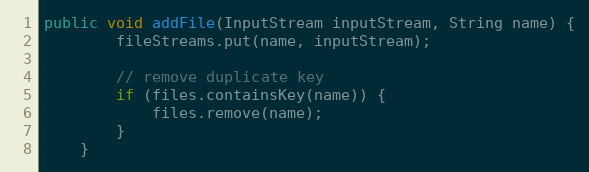
Language: Java
public void addFile(InputStream inputStream, String name) {
        fileStreams.put(name, inputStream);

        // remove duplicate key
        if (files.containsKey(name)) {
            files.remove(name);
        }
    }